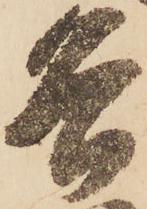
各